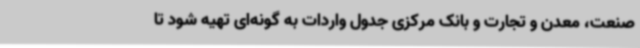
صنعت، معدن و تجارت و بانک مرکزی جدول واردات به گونه‌ای تهیه شود تا